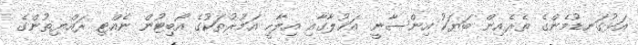
އަޅުގަނޑުމެންގެ ތެރެއިން ބަޔަކު އިންސާނީ އަޚުލާގާއި އިލާހީ އަމުރުތަކުގެ އޯބިޓުން ނެއްޓި ރައްޔިތުންގެ